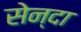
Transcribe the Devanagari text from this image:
सेन्दा